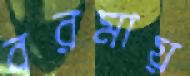
বরমায়